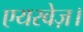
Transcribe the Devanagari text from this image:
एयरवेज़।